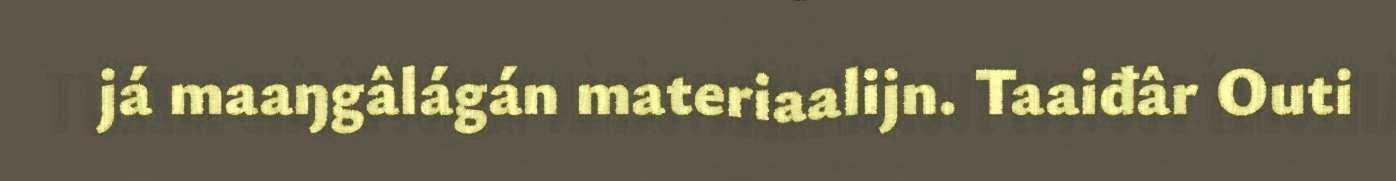
já maaŋgâlágán materiaalijn. Taaiđâr Outi